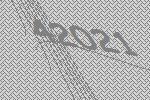
42021